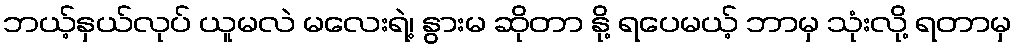
ဘယ့်နှယ်လုပ် ယူမလဲ မလေးရဲ့၊ နွားမ ဆိုတာ နို့ ရပေမယ့် ဘာမှ သုံးလို့ ရတာမှ